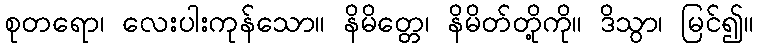
စုတရော၊ လေးပါးကုန်သော။ နိမိတ္တေ၊ နိမိတ်တို့ကို။ ဒိသွာ၊ မြင်၍။